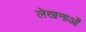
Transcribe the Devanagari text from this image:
लेखनाओं